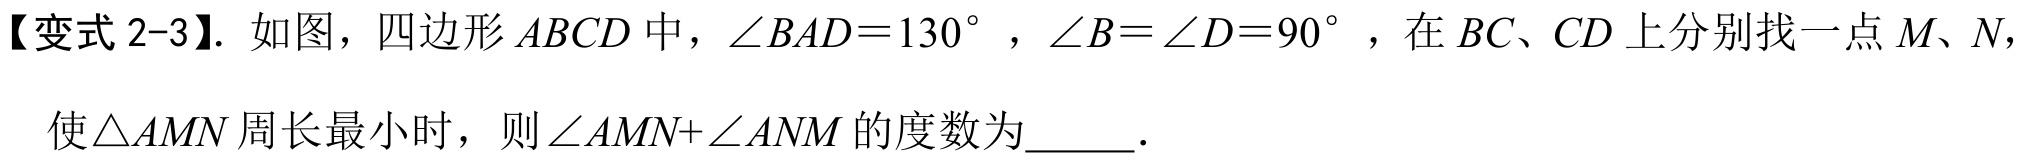
【变式2-3】. 如图，四边形\(ABCD\)中，\(\angle BAD = 130^{\circ}\)，\(\angle B=\angle D = 90^{\circ}\)，在\(BC、CD\)上分别找一点\(M、N\)，使\(\triangle AMN\)周长最小时，则\(\angle AMN+\angle ANM\)的度数为  ．